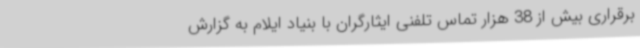
برقراری بیش از 38 هزار تماس تلفنی ایثارگران با بنیاد ایلام به گزارش